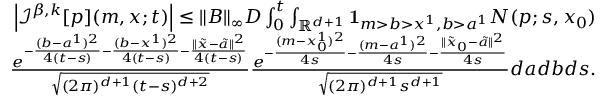
\begin{array} { r } { \left| { \mathcal I } ^ { \beta , k } [ p ] ( m , x ; t ) \right| \leq \| B \| _ { \infty } D \int _ { 0 } ^ { t } \int _ { \mathbb { R } ^ { d + 1 } } { \mathbf 1 } _ { m > b > x ^ { 1 } , b > a ^ { 1 } } N ( p ; s , x _ { 0 } ) } \\ { \frac { e ^ { - \frac { ( b - a ^ { 1 } ) ^ { 2 } } { 4 ( t - s ) } - \frac { ( b - x ^ { 1 } ) ^ { 2 } } { 4 ( t - s ) } - \frac { \| \tilde { x } - \tilde { a } \| ^ { 2 } } { 4 ( t - s ) } } } { \sqrt { ( 2 \pi ) ^ { d + 1 } ( t - s ) ^ { d + 2 } } } \frac { e ^ { - \frac { ( m - x _ { 0 } ^ { 1 } ) ^ { 2 } } { 4 s } - \frac { ( m - a ^ { 1 } ) ^ { 2 } } { 4 s } - \frac { \| \tilde { x } _ { 0 } - \tilde { a } \| ^ { 2 } } { 4 s } } } { \sqrt { ( 2 \pi ) ^ { d + 1 } { s ^ { d + 1 } } } } d a d b d s . } \end{array}